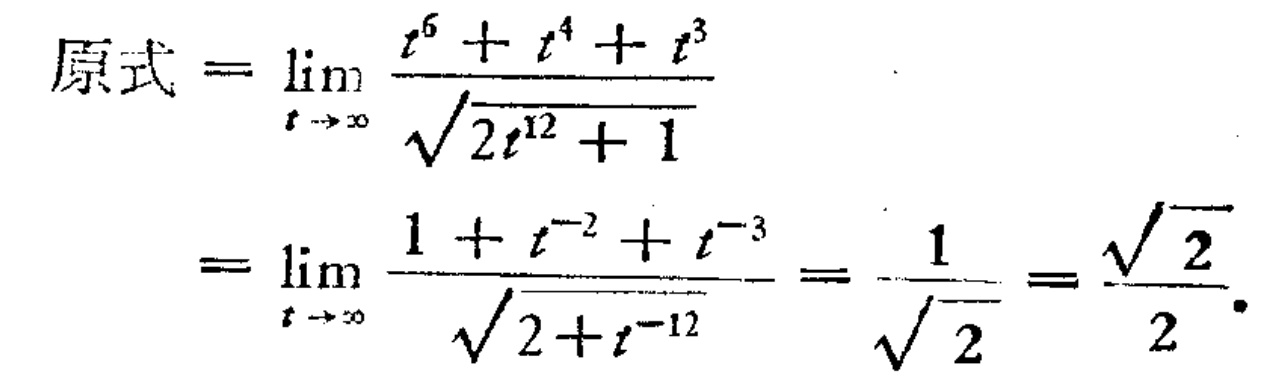
\[
\begin{align*}
\text{原式}&=\lim_{t \to \infty} \frac{t^{6}+t^{4}+t^{3}}{\sqrt{2t^{12}+1}}\\
&=\lim_{t \to \infty} \frac{1 + t^{-2}+t^{-3}}{\sqrt{2 + t^{-12}}}=\frac{1}{\sqrt{2}}=\frac{\sqrt{2}}{2}
\end{align*}
\]